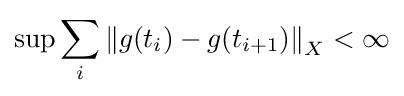
\sup \sum _{i}\left\|g(t_{i})-g(t_{i+1})\right\|_{X}<\infty